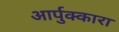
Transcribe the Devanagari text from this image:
आर्पुक्कारा